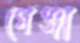
গেঞ্জা